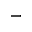
-